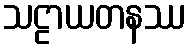
သဠာယတနဿ